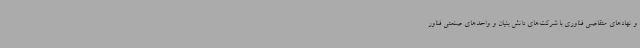
و نهادهای متقاضی فناوری با شرکت‌های دانش بنیان و واحدهای صنعتی فناور